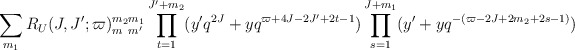
\begin{align*}\sum_{m_1} R_U(J,J';\varpi)_{m_{\phantom {2}} m'}^{m_2 m_1}\prod_{t=1}^{J'+m_2}(y'q^{2J} +yq^{\varpi +4J-2J'+2t-1})\prod_{s=1}^{J+m_1} (y'+yq^{-(\varpi -2J+2m_2 +2s -1)})\end{align*}